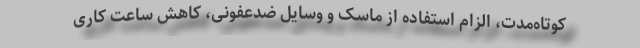
کوتاه‌مدت، الزام استفاده از ماسک و وسایل ضدعفونی، کاهش ساعت کاری